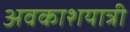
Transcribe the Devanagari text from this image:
अवकाशयात्री